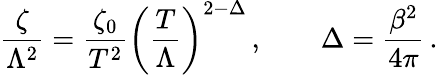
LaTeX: \frac\zeta{\Lambda^{2}}=\frac{\zeta_{0}}{T^{2}}\left(\frac T\Lambda\right)^{2-\Delta}\, ,\qquad\Delta=\frac{\beta^{2}}{4\pi}\, .